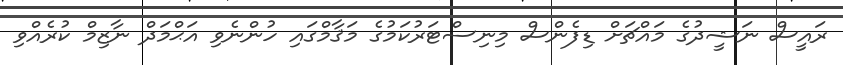
ރައީސް ނަޝީދުގެ މައްޗަށް ޑިފެންސް މިނިސްޓަރުކަމުގެ މަޤާމްގައި ހުންނެވި އަޙްމަދް ނާޒިމް ކުރެއްވި